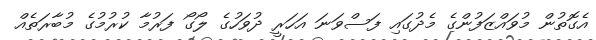
އެގޮތުން މުވައްޒަފުންގެ މެދުގައި ފަސްވަނަ އަހަރީ ދުވަހުގެ ލޯގޯ ފަރުމާ ކުރުމުގެ މުބާރަތެއް